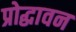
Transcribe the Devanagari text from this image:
प्रोद्धावन